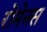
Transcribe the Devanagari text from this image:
रोमेनस